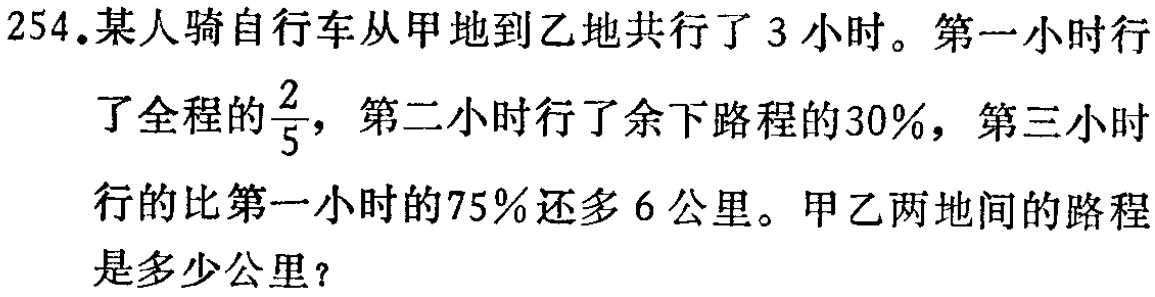
254.某人骑自行车从甲地到乙地共行了3小时。第一小时行了全程的$\frac{2}{5}$，第二小时行了余下路程的30%，第三小时行的比第一小时的75%还多6公里。甲乙两地间的路程是多少公里？